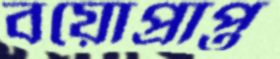
বয়োপ্রাপ্ত